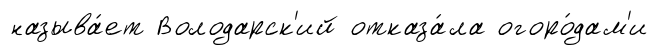
называ́ет Володарск'ий отказа́ла огоро́дам'и